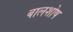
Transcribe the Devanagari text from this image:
बालशोष